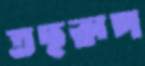
তছরূপ